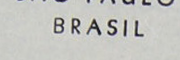
BRASIL